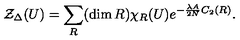
{ \cal Z } _ { \Delta } ( U ) = \sum _ { R } ( \dim R ) \chi _ { R } ( U ) e ^ { - \frac { \lambda A } { 2 N } C _ { 2 } ( R ) } .